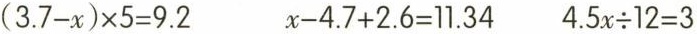
$$(3.7-x)\times 5=9.2$$ $$x-4.7+2.6=11.34$$ $$4.5x\div 12=3$$